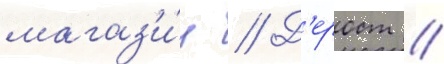
магаз'и́н // Д'ерост //